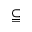
\subseteqq